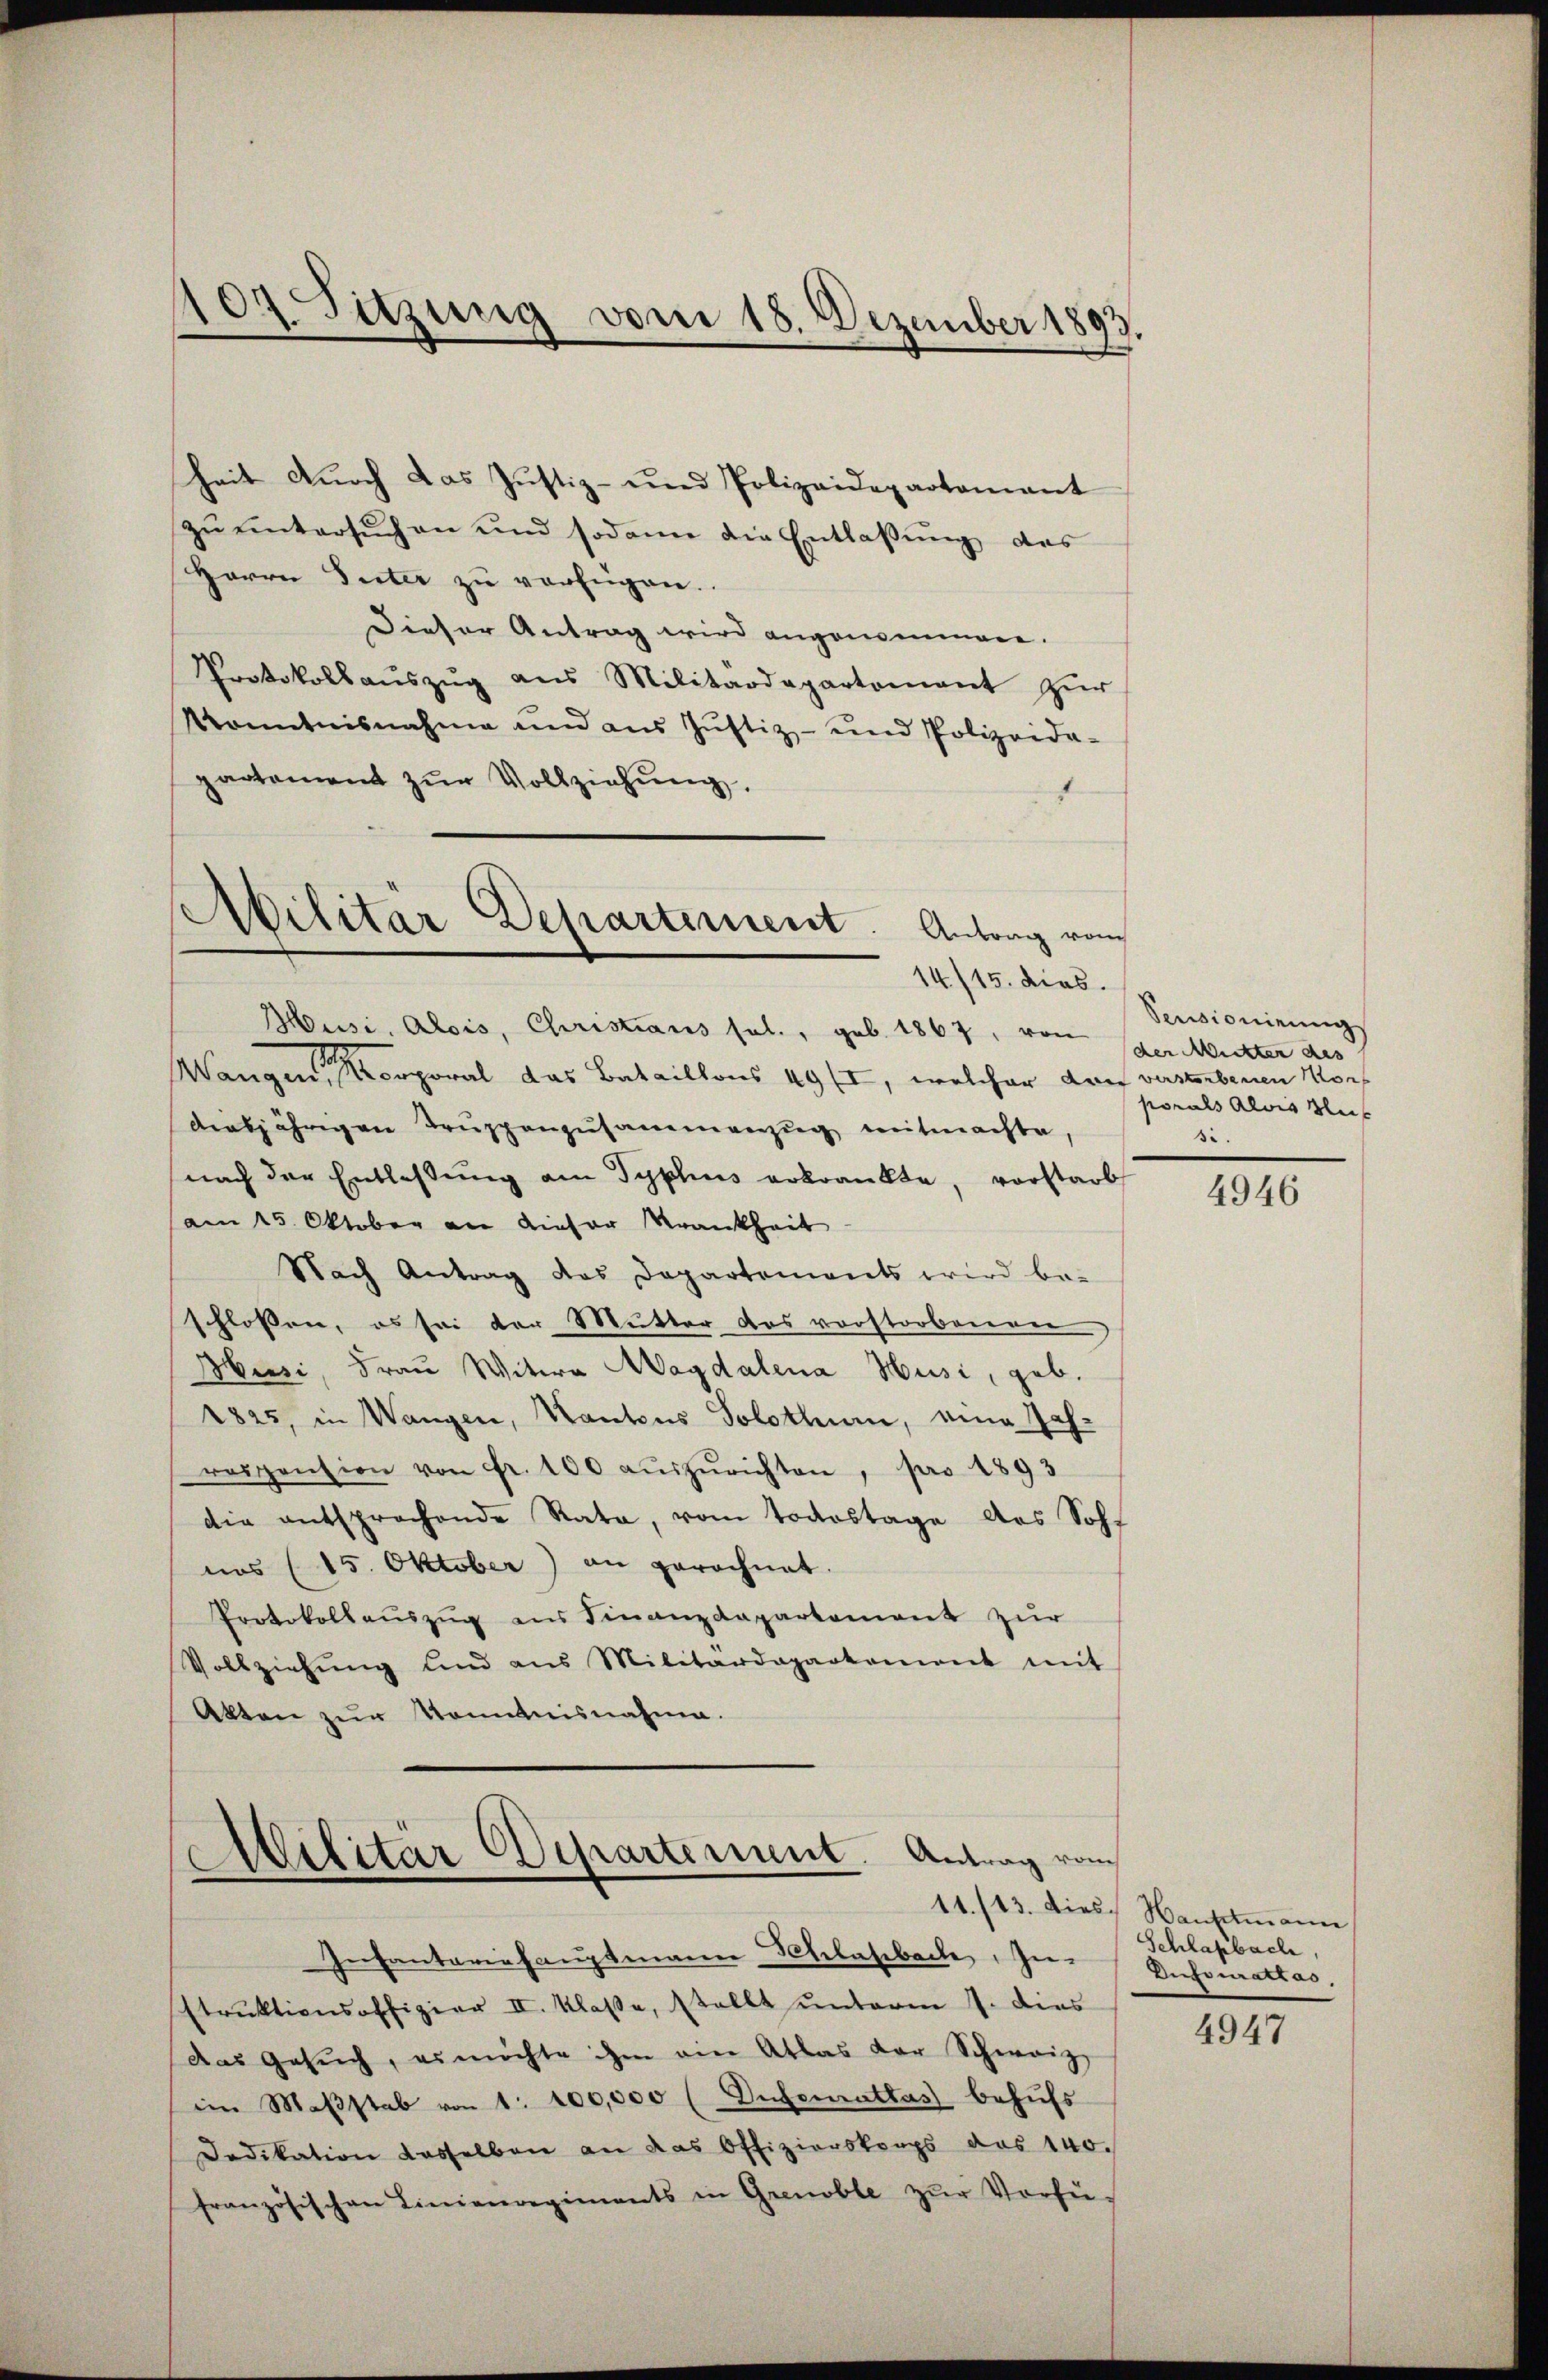
107 Sitzung vom 18. Dezember 1893

heit durch das Justiz- und Polizeidepartamant
zŭ ŭntersŭchen und sodann die Entlaßung des
Herrn Peter zŭ verfügen.
Dieser Antrag wird angenommen.
Protokollaŭszŭg aŭs Militärdepartement zŭr
Konntnisnahme und aus Jŭstiz- und Polizeida-
partement zŭr Vollziehŭng.
Aibilitar Departement. Antrag vom

14/15. dies.

Husi. Alois, Christians sel., geb. 1867, von der Mutter des
Wangen, es orporal das Bataillons 49 ff, welcher darf verstorbenen Mordiesjährigen Trŭppenzusammenzug mitmachte,
nach der Entlaßung am Typhus erkrankte, vorstarb
am 15. Oktober an dieser Krankheit
Nach Antrag das Departements wird be-
schlossen, es sei der Mutter das vorstorbeneren
Musi, Frau Witwe Magdalena Husi, geb.
1825, in Wangen, Kantons Solothum, eine Jahrospension von Fr. 100 aŭszŭrichten, pro 1893
die entsprochende Rata, vom Todestage das Sohf
nos (15. Oktober) an gerechnet.
Protokollaŭszŭg ans Finanzdepartement zur
Vollziehŭng und aus Militärdepartement mit
Akten zur Kenntnisnahme.

Militar Departement. Antrag vom

Infanteriehauptmann Schlaßbach, In-
struktionsoffizier II. Klasse, stellt unterm 7. dies
das Gesŭch, es möchte ihm ein Atlas der Schweiz,
im Maβstab von 1: 100,000 (Dufomattas behufs
Dedikation dasselben an das Offizierskorps des 140.
französischen Linienregiments in Grenoble zŭr Verfü-

Sensionirung
porals Alois Bleis
si.

4946

11./13. dies Hauptmann
Schlafbach,
Dufourattas

4947